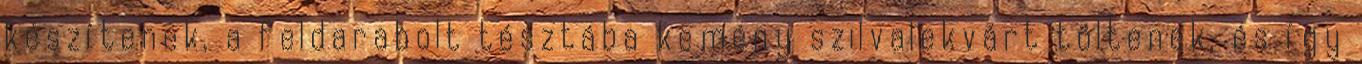
készítenek, a feldarabolt tésztába kemény szilvalekvárt töltenek, és így